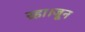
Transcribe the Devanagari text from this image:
रहा।जून